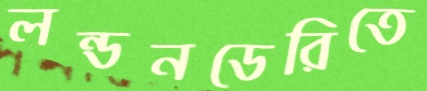
লন্ডনডেরিতে